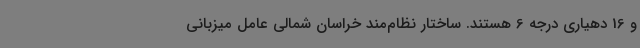
و 16 دهیاری درجه 6 هستند. ساختار نظام‌مند خراسان شمالی عامل میزبانی